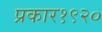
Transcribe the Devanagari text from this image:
प्रकार१९२०